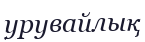
урувайлық